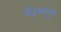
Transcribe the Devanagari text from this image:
बैठकांतून